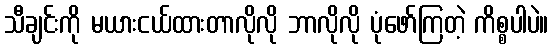
သီချင်းကို မယားငယ်ထားတာလိုလို ဘာလိုလို ပုံဖော်ကြတဲ့ ကိစ္စပါပဲ။